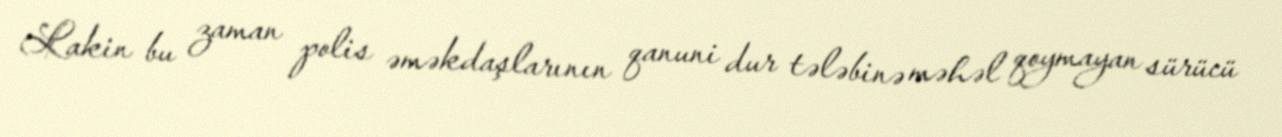
Lakin bu zaman polis əməkdaşlarının qanuni dur tələbinə məhəl qoymayan sürücü